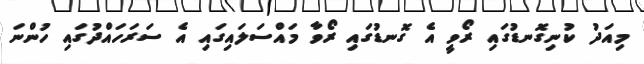
މިއަދު ކުނިގޮނޑުގައި ރޯވީ އެ ގޮނޑުގައި ރޯވާ މައްސަލައިގައި އެ ސަރަހައްދުގައި ހުންނަ